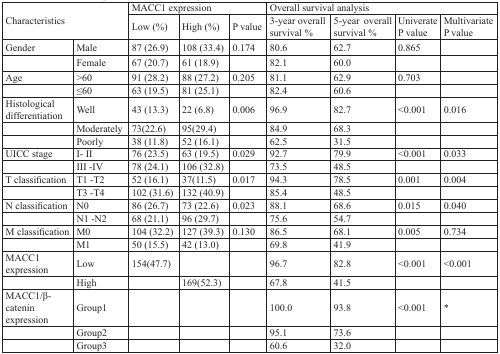
<table><thead><tr><td rowspan="2" colspan="2"><b>Characteristics</b></td><td colspan="3"><b>MACC1 expression</b></td><td colspan="4"><b>Overall survival analysis</b></td></tr><tr><td><b>Low (%)</b></td><td><b>High (%)</b></td><td><b>P value</b></td><td><b>3-year overall survival %</b></td><td><b>5-year overall survival %</b></td><td><b>Univerate P value</b></td><td><b>Multivariate P value</b></td></tr></thead><tbody><tr><td>Gender</td><td>Male</td><td>87 (26.9)</td><td>108 (33.4)</td><td>0.174</td><td>80.6</td><td>62.7</td><td>0.865</td><td></td></tr><tr><td></td><td>Female</td><td>67 (20.7)</td><td>61 (18.9)</td><td></td><td>82.1</td><td>60.0</td><td></td><td></td></tr><tr><td>Age</td><td>&gt;60</td><td>91 (28.2)</td><td>88 (27.2)</td><td>0.205</td><td>81.1</td><td>62.9</td><td>0.703</td><td></td></tr><tr><td></td><td>≤60</td><td>63 (19.5)</td><td>81 (25.1)</td><td></td><td>82.4</td><td>60.6</td><td></td><td></td></tr><tr><td>Histological differentiation</td><td>Well</td><td>43 (13.3)</td><td>22 (6.8)</td><td>0.006</td><td>96.9</td><td>82.7</td><td>&lt;0.001</td><td>0.016</td></tr><tr><td></td><td>Moderately</td><td>73(22.6)</td><td>95(29.4)</td><td></td><td>84.9</td><td>68.3</td><td></td><td></td></tr><tr><td></td><td>Poorly</td><td>38 (11.8)</td><td>52 (16.1)</td><td></td><td>62.5</td><td>31.5</td><td></td><td></td></tr><tr><td>UICC stage</td><td>I- II</td><td>76 (23.5)</td><td>63 (19.5)</td><td>0.029</td><td>92.7</td><td>79.9</td><td>&lt;0.001</td><td>0.033</td></tr><tr><td></td><td>III -IV</td><td>78 (24.1)</td><td>106 (32.8)</td><td></td><td>73.5</td><td>48.5</td><td></td><td></td></tr><tr><td>T classification</td><td>T1 -T2</td><td>52 (16.1)</td><td>37(11.5)</td><td>0.017</td><td>94.3</td><td>78.5</td><td>0.001</td><td>0.004</td></tr><tr><td></td><td>T3 -T4</td><td>102 (31.6)</td><td>132 (40.9)</td><td></td><td>85.4</td><td>48.5</td><td></td><td></td></tr><tr><td>N classification</td><td>N0</td><td>86 (26.7)</td><td>73 (22.6)</td><td>0.023</td><td>88.1</td><td>68.6</td><td>0.015</td><td>0.040</td></tr><tr><td></td><td>N1 -N2</td><td>68 (21.1)</td><td>96 (29.7)</td><td></td><td>75.6</td><td>54.7</td><td></td><td></td></tr><tr><td>M classification</td><td>M0</td><td>104 (32.2)</td><td>127 (39.3)</td><td>0.130</td><td>86.5</td><td>68.1</td><td>0.005</td><td>0.734</td></tr><tr><td></td><td>M1</td><td>50 (15.5)</td><td>42 (13.0)</td><td></td><td>69.8</td><td>41.9</td><td></td><td></td></tr><tr><td>MACC1 expression</td><td>Low</td><td>154(47.7)</td><td></td><td></td><td>96.7</td><td>82.8</td><td>&lt;0.001</td><td>&lt;0.001</td></tr><tr><td></td><td>High</td><td></td><td>169(52.3)</td><td></td><td>67.8</td><td>41.5</td><td></td><td></td></tr><tr><td>MACC1/β-catenin expression</td><td>Group1</td><td></td><td></td><td></td><td>100.0</td><td>93.8</td><td>&lt;0.001</td><td>*</td></tr><tr><td></td><td>Group2</td><td></td><td></td><td></td><td>95.1</td><td>73.6</td><td></td><td></td></tr><tr><td></td><td>Group3</td><td></td><td></td><td></td><td>60.6</td><td>32.0</td><td></td><td></td></tr></tbody></table>